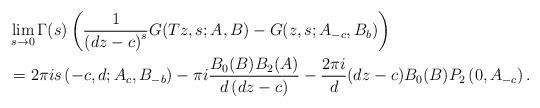
LaTeX: \begin{align*}& \lim_{s\rightarrow0}\Gamma(s)\left( \frac{1}{\left( dz-c\right) ^{s}}G(Tz,s;A,B)-G(z,s;A_{-c},B_{b})\right) \\& =2\pi is\left( -c,d;A_{c},B_{-b}\right) -\pi i\frac{B_{0}(B)B_{2}(A)}{d\left( dz-c\right) }-\frac{2\pi i}{d}(dz-c)B_{0}(B)P_{2}\left(0,A_{-c}\right) .\end{align*}